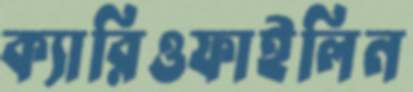
ক্যারিওফাইলিন